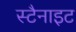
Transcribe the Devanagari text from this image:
स्टैनाइट